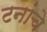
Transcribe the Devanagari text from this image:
टनांचे